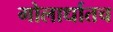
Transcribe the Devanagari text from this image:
गोलार्धातच